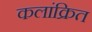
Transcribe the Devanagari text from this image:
कलांक्रित